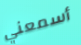
أسمعني